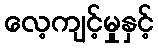
လေ့ကျင့်မှုနှင့်